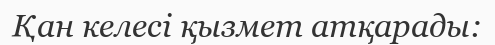
Қан келесі қызмет атқарады: